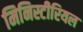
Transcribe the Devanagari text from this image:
मिनिस्टीरियल